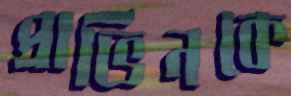
প্রাভিনকে